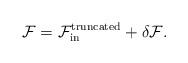
LaTeX: \begin{align*}\mathcal{F}=\mathcal{F}_{{\rm in}}^{{\rm truncated}} + \delta\mathcal{F}.\end{align*}